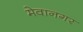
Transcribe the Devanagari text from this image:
मेवानगर